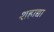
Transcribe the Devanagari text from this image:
शहाद्या